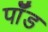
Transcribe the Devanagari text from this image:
पाॅॅड